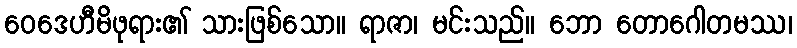
ဝေဒေဟီမိဖုရား၏ သားဖြစ်သော။ ရာဇာ၊ မင်းသည်။ ဘော တောဂေါတမဿ၊